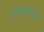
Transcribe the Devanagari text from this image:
ठरण्याकरिता